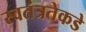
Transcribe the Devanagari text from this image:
स्वतंत्रतेकडे